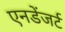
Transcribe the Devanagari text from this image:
एनडेंजर्ट